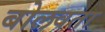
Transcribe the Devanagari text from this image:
बोलवता